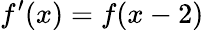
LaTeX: f^{\prime}(x)=f(x-2)